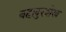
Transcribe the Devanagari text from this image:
बहादुरशेख